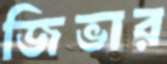
জিভার